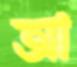
আ